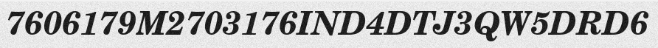
7606179M2703176IND4DTJ3QW5DRD6